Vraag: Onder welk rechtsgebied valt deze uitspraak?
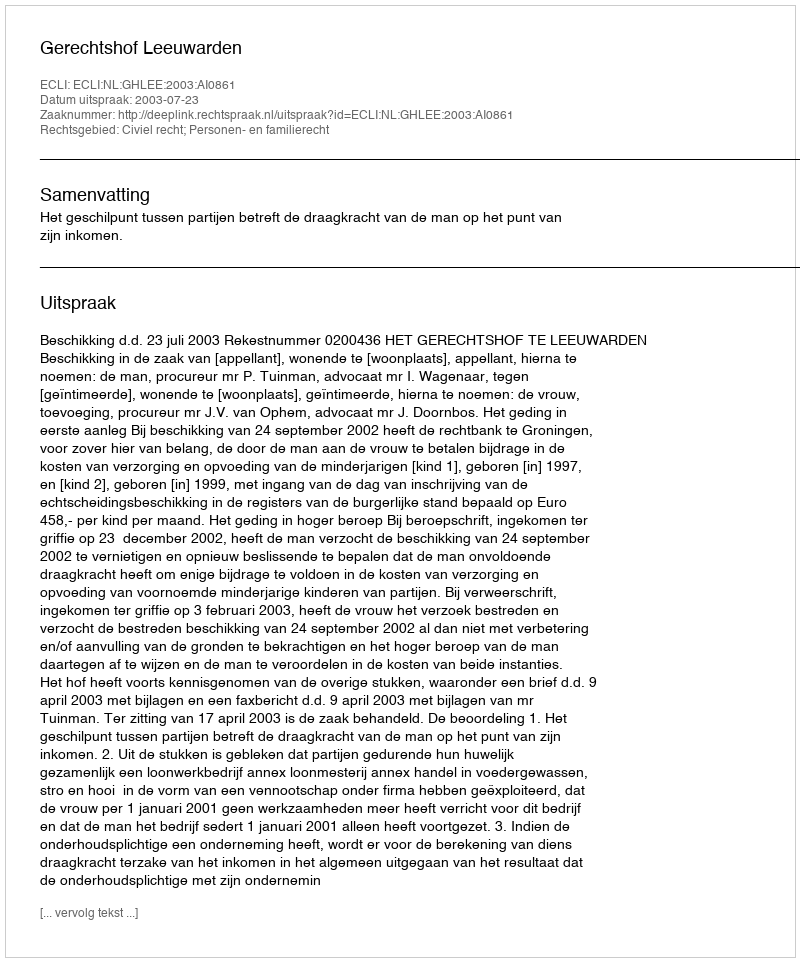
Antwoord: Civiel recht; Personen- en familierecht